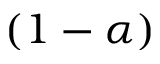
( 1 - \alpha )